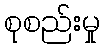
စုစည်းမှု